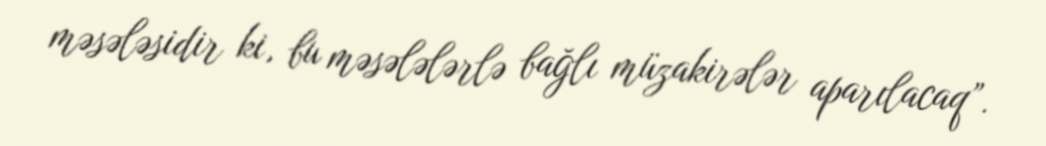
məsələsidir ki, bu məsələlərlə bağlı müzakirələr aparılacaq”.